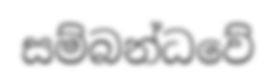
සම්බන්ධවේ